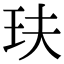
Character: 玞